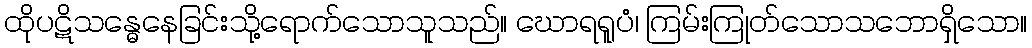
ထိုပဋိသန္ဓေနေခြင်းသို့ရောက်သောသူသည်။ ဃောရရူပံ၊ ကြမ်းကြုတ်သောသဘောရှိသော။